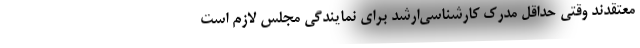
معتقدند وقتی حداقل مدرک کارشناسی‌ارشد برای نمایندگی مجلس لازم است